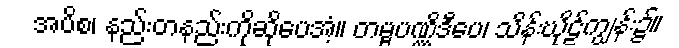
အပိစ၊ နည်းတနည်းကိုဆိုပေအံ့။ တမ္ဗပဏ္ဏိဒီပေ၊ သိန်းဃိုဠ်ကျွန်း၌။